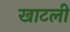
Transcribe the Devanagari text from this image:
खाटली